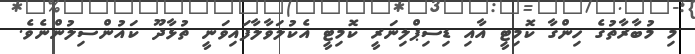
މި މުބާރާތުގެ ހިންގާ ކޮމިޓީ އާއި ޑިސިޕްލިނަރީ ކޮމިޓީ އެކުލަވާލާފައިވަނީ ތުޅާދޫ ކައުންސިލުންނެވެ.